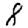
Digit: 8